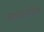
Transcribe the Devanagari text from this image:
नक्षत्रानजिक